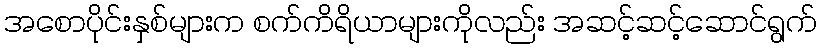
အစောပိုင်းနှစ်များက စက်ကိရိယာများကိုလည်း အဆင့်ဆင့်ဆောင်ရွက်